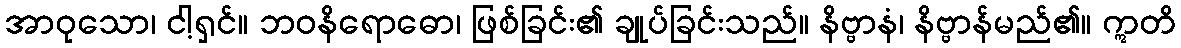
အာဝုသော၊ ငါ့ရှင်။ ဘဝနိရောဓော၊ ဖြစ်ခြင်း၏ ချုပ်ခြင်းသည်။ နိဗ္ဗာနံ၊ နိဗ္ဗာန်မည်၏။ ဣတိ